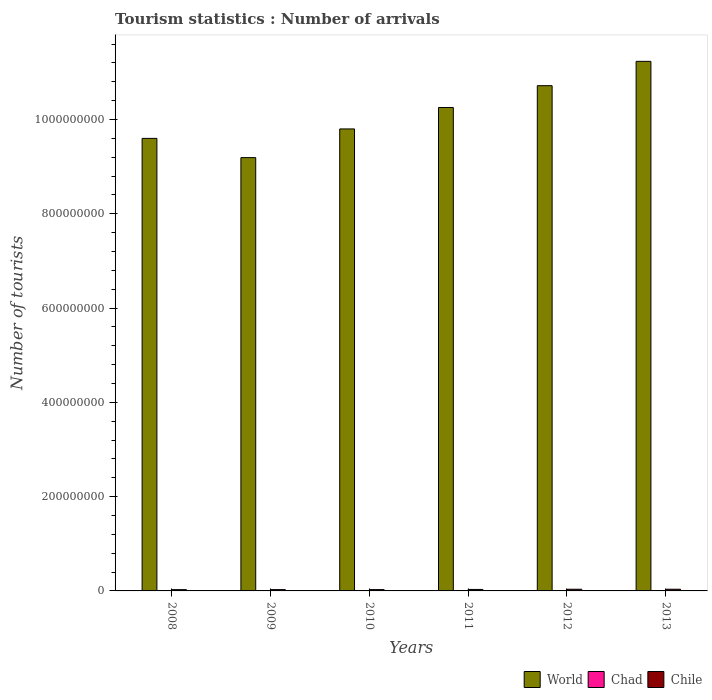
| Years | World | Chad | Chile |
 | --- | --- | --- | --- |
 | 2008 | 9.6e+08 | 6.1e+04 | 2.71e+06 |
 | 2009 | 9.19e+08 | 7e+04 | 2.76e+06 |
 | 2010 | 9.8e+08 | 7.1e+04 | 2.8e+06 |
 | 2011 | 1.03e+09 | 7.7e+04 | 3.14e+06 |
 | 2012 | 1.07e+09 | 8.6e+04 | 3.55e+06 |
 | 2013 | 1.12e+09 | 1e+05 | 3.58e+06 |